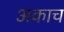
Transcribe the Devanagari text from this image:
अकाच